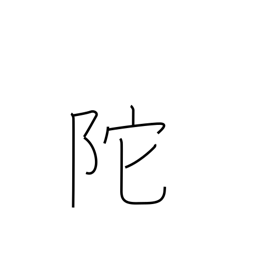
Meaning: steep